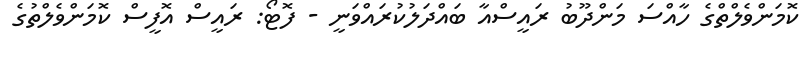
ކޮމަންވެލްތްގެ ހާއްސަ މަންދޫބު ރައީސްއާ ބައްދަލުކުރައްވަނީ - ފޮޓޯ: ރައީސް އޮފީސް ކޮމަންވެލްތުގެ